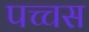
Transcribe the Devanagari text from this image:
पच्चस